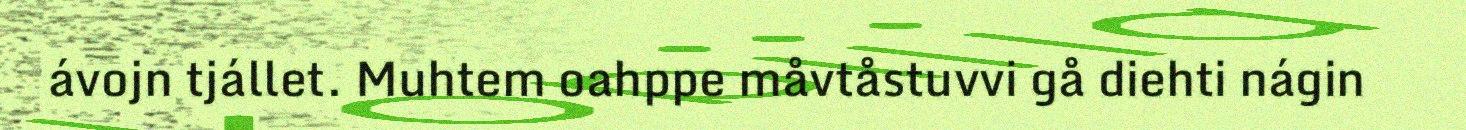
ávojn tjállet. Muhtem oahppe måvtåstuvvi gå diehti nágin